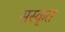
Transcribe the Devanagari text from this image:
सस्कृंत